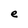
Character: e